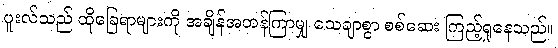
ပူးလ်သည် ထိုခြေရာများကို အချိန်အတန်ကြာမျှ သေချာစွာ စစ်ဆေး ကြည့်ရှုနေသည်။